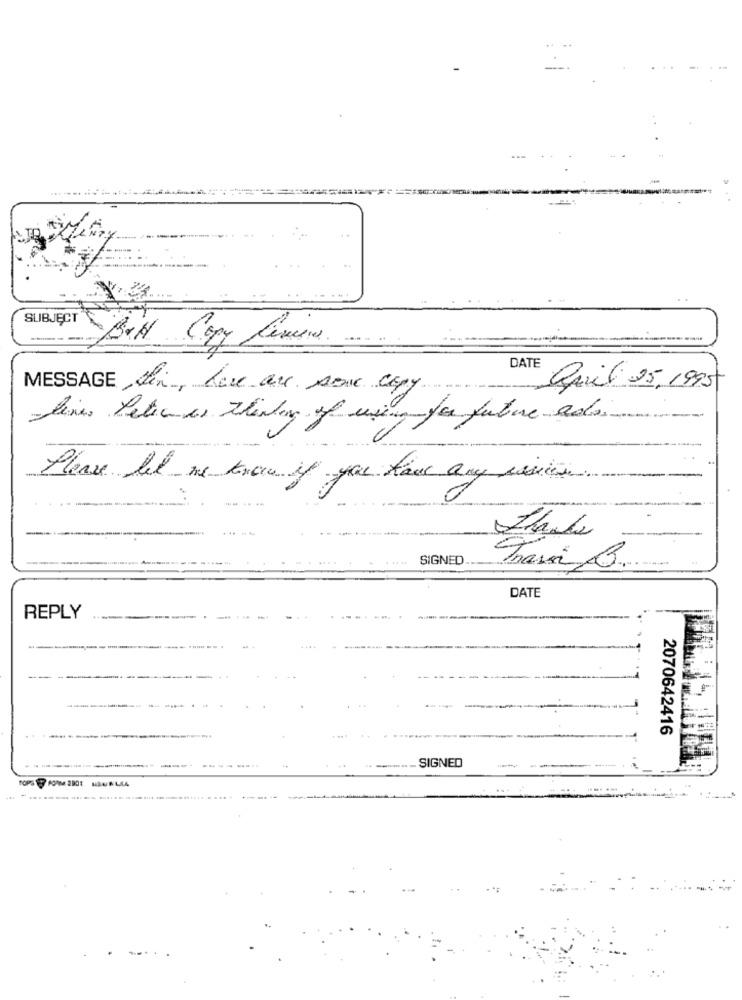
SUBJECT
Bit Copy Limera.
DATE
MESSAGE Ler, lere au soux copy
Quil 25,1995
lines Peticiones thestory of use for future ado
Please let me know if you have any series
SIGNED
DATE
REPLY
.----
---
2070642416
SIGNED